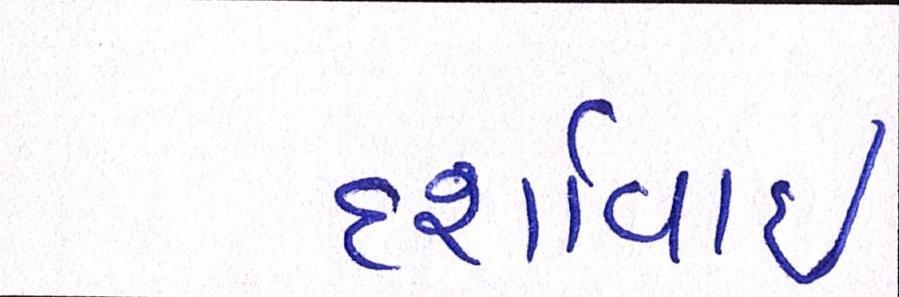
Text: દર્શાવાઈ